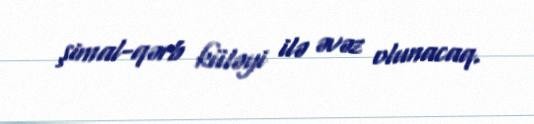
şimal-qərb küləyi ilə əvəz olunacaq.